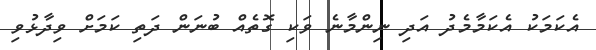
އެކަމަކު އެކަމާމެދު އަދި ނިންމާނެ ވަކި ގޮތެއް ބުނަން ދަތި ކަމަށް ވިދާޅުވި